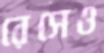
রেসেও